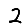
Digit: 2